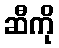
ဆီကို